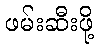
ဖမ်းဆီးဖို့